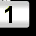
Digit: 1